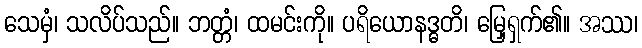
သေမှံ၊ သလိပ်သည်။ ဘတ္တံ၊ ထမင်းကို။ ပရိယောနဒ္ဓတိ၊ မြှေရှက်၏။ အဿ၊